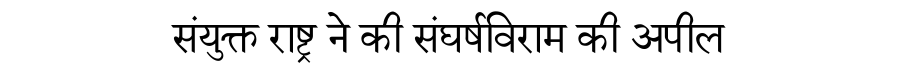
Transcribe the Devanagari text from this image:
संयुक्त राष्ट्र ने की संघर्षविराम की अपील